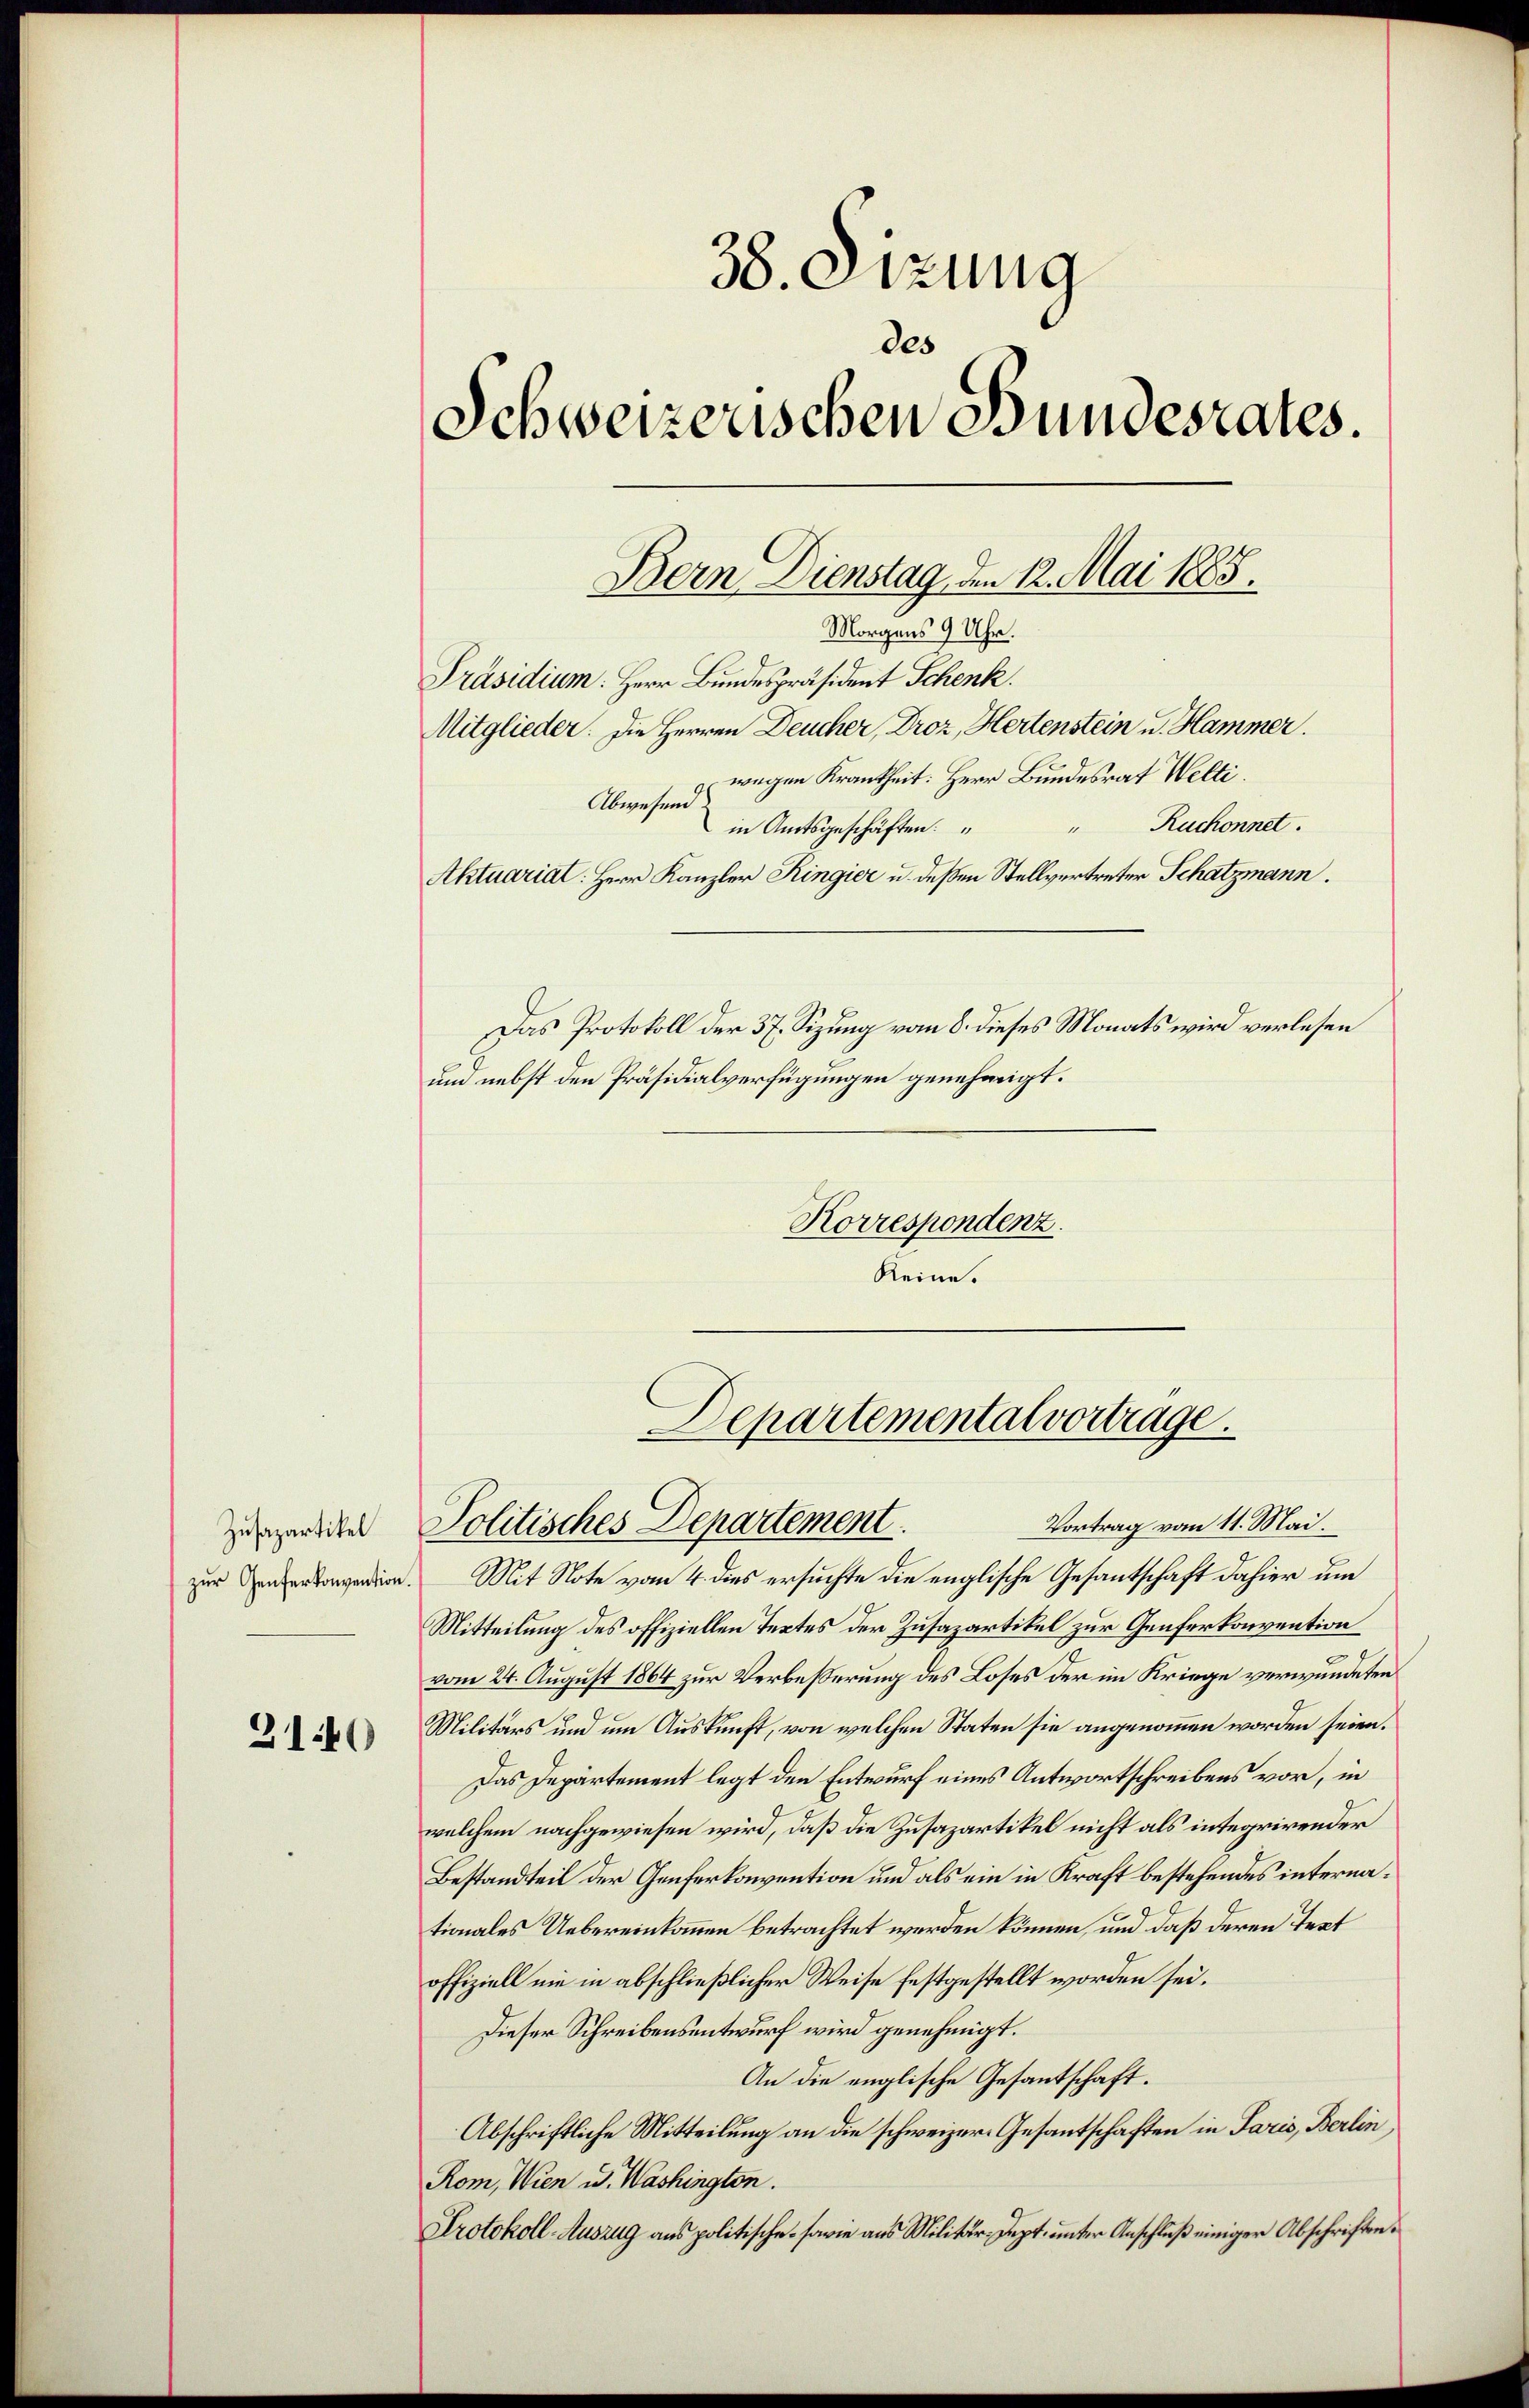
Zusapartikel

310

38. Sizung
des
Schweizerischen Bundesrates.
Präsidium. Herr Bundespräsident Schenk.
Mitglieder. Die Herren Deucher, Droz, Hertenstein u. Hammer.
wegen Krankheit: Herr Bundesrat Welti.
Abwesend
" Ruchonnet.
in Amtsgeschäften.
Aktuariat: Herr Kanzler Ringier u. deßen Stellvertreter Schatzmann.
Das Protokoll der 37. Sizung vom 8. dieses Monats wird verlesen
und nebst den Präsidialverfügungen genehmigt.
Korrespondenz.
Reine.

Bern Dienstag, den 12. Mai 1885.
Morgens 9 Uhr.

Departemental vortrage.
Vortrag vom 11. Mai.

Politisches Departement.
zen. Mit Note vom 4. dies ersuchte die englische Gesantschaft dahier um
Mitteilung des offiziellen Textes der Zusazartikel zur Genferkonvention
vom 24. August 1864 zur Verbesserung des Loses der im Kriege verwundeten
Militärs und um Auskunft, von welchen Staten sie angenommen worden seien.
Das Departement legt den Entwurf eines Antwortschreibens vor, in
welchem nachgewiesen wird, daß die Zusazartikel nicht als integrirender
Bestandteil der Genferkonvention und als ein in Kraft bestehendes internationales Uebereinkommen betrachtet werden können, und daß deren Text
offiziell nie in abschließlicher Weise festgestellt worden sei.
Dieser Schreibensentwurf wird genehmigt.
An die englische Gesantschaft.
Abschriftliche Mitteilung an die schweizer. Gesantschaften in Paris, Berlin
Rom, Wien u. Washington.
Protokoll-Auszug aus politische sowie aus Militär-Sept. unter Anschluß einiger Abschriften¬